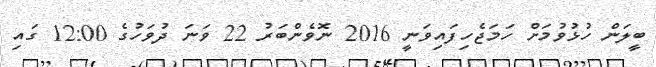
ބީލަން ހުޅުވުމަށް ހަމަޖެހިފައިވަނީ 2016 ނޮވެންބަރު 22 ވަނަ ދުވަހުގެ 12:00 ގައި